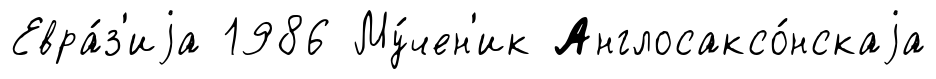
Евра́з'иjа 1986 Му́чен'ик Англосаксо́нскаjа